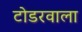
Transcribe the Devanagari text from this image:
टोडरवाला